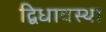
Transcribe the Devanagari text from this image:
द्विधावस्था